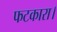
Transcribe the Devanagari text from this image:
फटकारा।